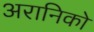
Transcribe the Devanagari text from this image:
अरानिको